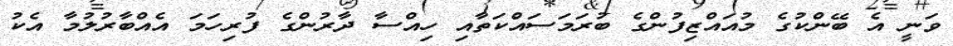
ވަނީ އެ ބޭންކުގެ މުއައްޒިފުންގެ ބުރަމަސައްކަތާއި ހިއްސާ ދާރުންގެ ފުރިހަމަ އެއްބާރުލުމާ އެކު